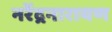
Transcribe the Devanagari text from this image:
नरेंद्रनारायण